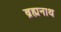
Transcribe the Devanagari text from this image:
ब्रह्मनाथ